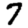
Digit: 7